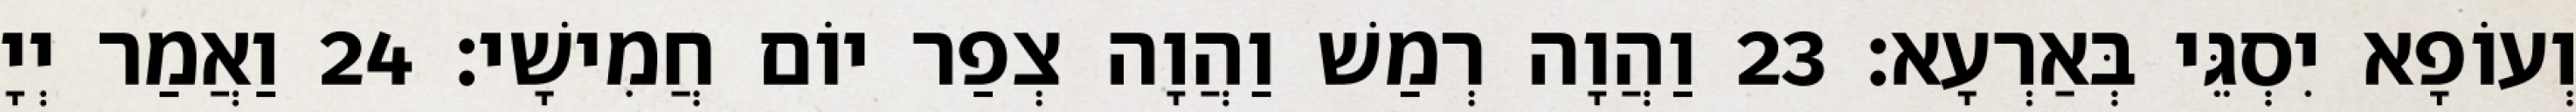
וְעוֹפָא יִסְגֵּי בְּאַרְעָא׃ 23 וַהֲוָה רְמַשׁ וַהֲוָה צְפַר יוֹם חֲמִישָׁי׃ 24 וַאֲמַר יְיָ